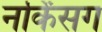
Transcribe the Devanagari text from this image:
नर्किंसग